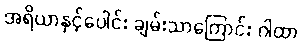
အရိယာနှင့်ပေါင်း ချမ်းသာကြောင်း ဂါထာ